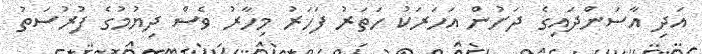
އަދި އާސަންދައިގެ ދަށުން އަހަރަކު ހަތަރު ފަހަރު މިހާރު ވެސް ދިޔުމުގެ ފުރުސަތު